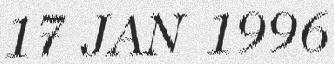
17 JAN 1996